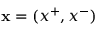
\mathbf { x } = ( { x } ^ { + } , { x } ^ { - } )